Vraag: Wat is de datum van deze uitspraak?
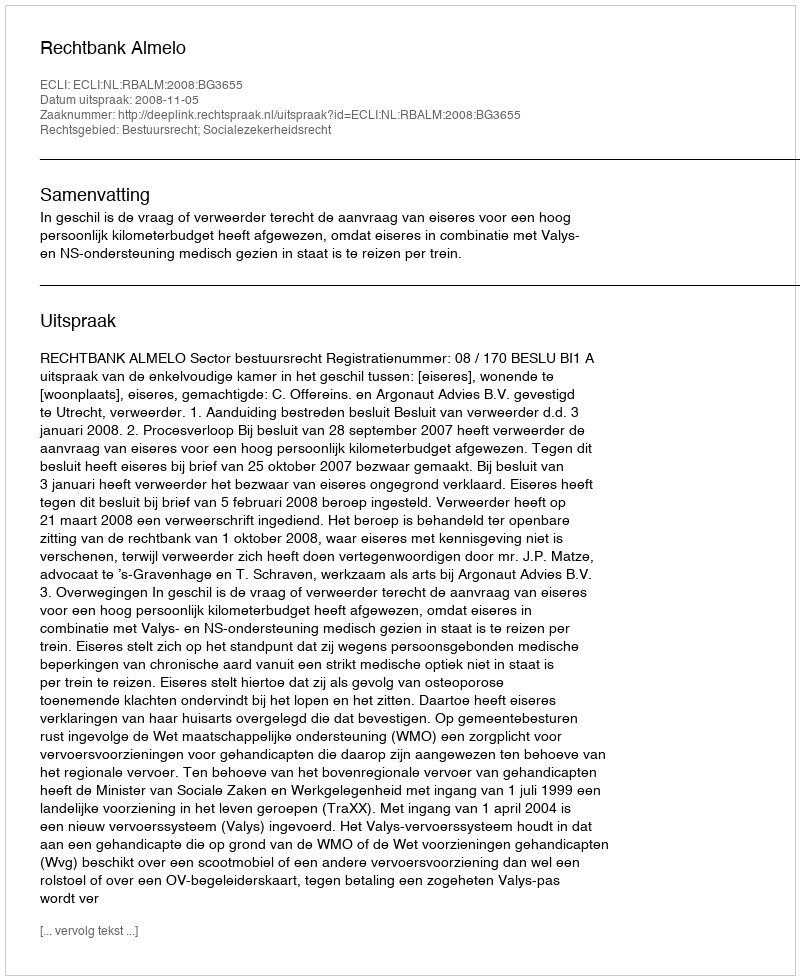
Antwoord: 2008-11-05